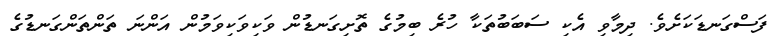
ފަސްގަނޑަކަށެވެ. ދިމާވި އެކި ސަބަބުތަކާ ހުރެ ބިމުގެ ތޮށިގަނޑުން ވަކިވަކިވަމުން އަންނަ ތަންތަންގަނޑުގެ